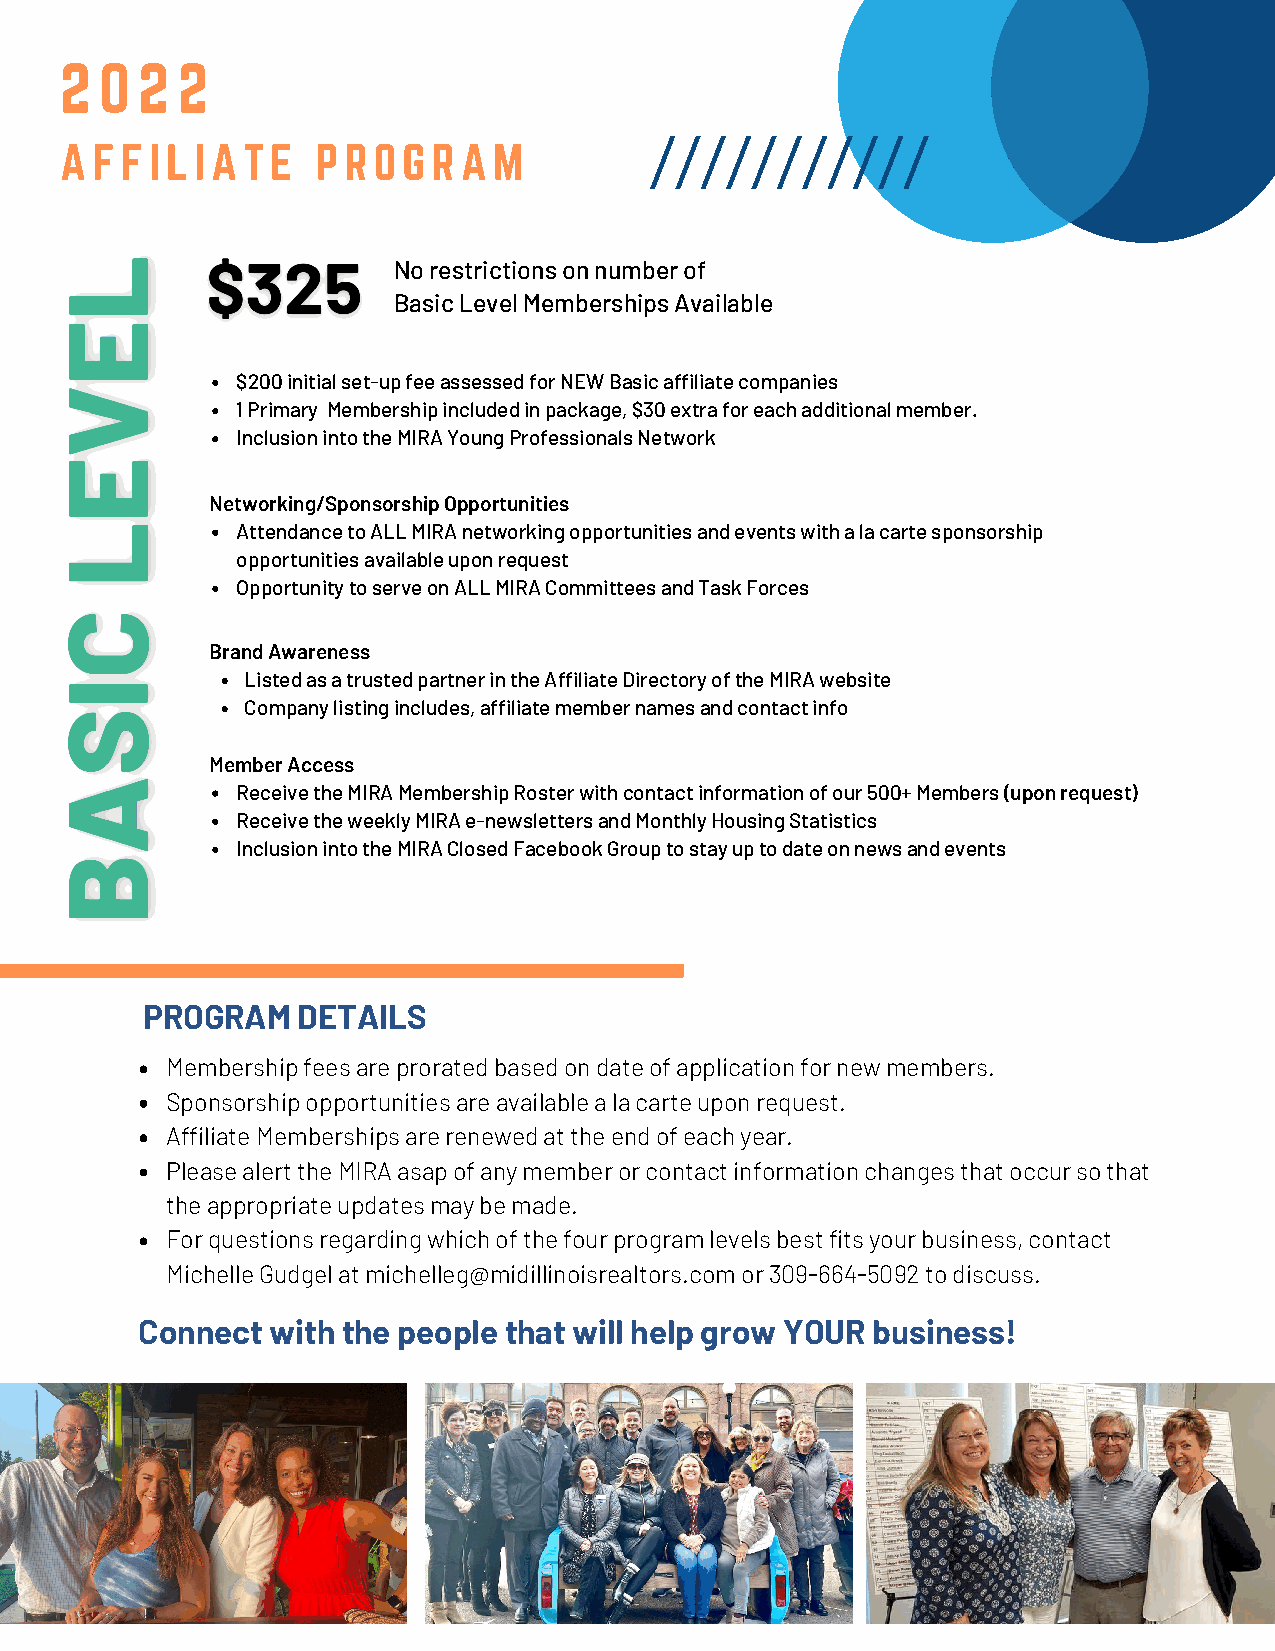
2  0 2  2
 AFFILIATE        PROGRAM
 No restrictions on number of
 Basic Level Memberships Available
 $200 initial set-up fee assessed for NEW Basic affiliate companies
 1 Primary Membership included in package, $30 extra for each additional member.
 Inclusion into the MIRA Young Professionals Network
 Networking/Sponsorship Opportunities
 Attendance to ALL MIRA networking opportunities and events with a la carte sponsorship
 opportunities available upon request
 Opportunity to serve on ALL MIRA Committees and Task Forces
 Brand Awareness
 Listed as a trusted partner in the Affiliate Directory of the MIRA website
 Company listing includes, affiliate member names and contact info
 Member Access
 Receive the MIRA Membership Roster with contact information of our 500+ Members (upon request)
 Receive the weekly MIRA e-newsletters and Monthly Housing Statistics
 Inclusion into the MIRA Closed Facebook Group to stay up to date on news and events
 PROGRAM    DETAILS
 Membership fees are prorated based on date of application for new members.
 Sponsorship opportunities are available a la carte upon request.
 Affiliate Memberships are renewed at the end of each year.
 Please alert the MIRA asap of any member or contact information changes that occur so that
 the appropriate updates may be made.
 For questions regarding which of the four program levels best fits your business, contact
 Michelle Gudgel at michelleg@midillinoisrealtors.com or 309-664-5092 to discuss.
 Connect  with the people that will help grow YOUR business!